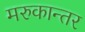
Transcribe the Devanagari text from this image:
मरुकान्तर